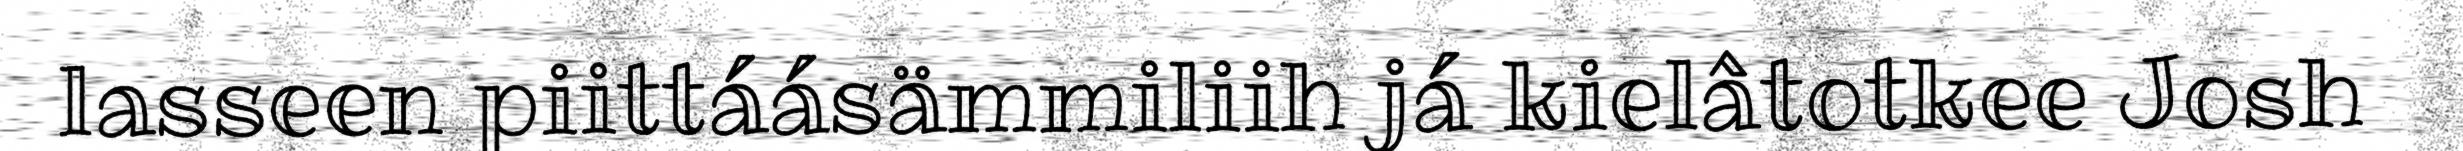
lasseen piittáásämmiliih já kielâtotkee Josh